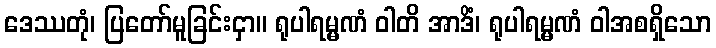
ဒေဿတုံ၊ ပြတော်မူခြင်းငှာ။ ရုပါရမ္မဏံ ဝါတိ အာဒိံ၊ ရုပါရမ္မဏံ ဝါအစရှိသော